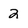
Character: 2